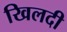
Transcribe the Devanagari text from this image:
खिलदी